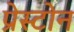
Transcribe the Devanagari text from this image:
प्रेस्टोन